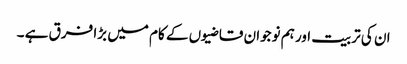
ان کی تربیت اور ہم نوجوان قاضیوں کے کام میں بڑا فرق ہے ۔